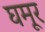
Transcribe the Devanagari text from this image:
घमूर